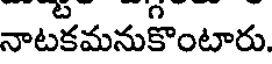
నాటకమనుకొంటారు.